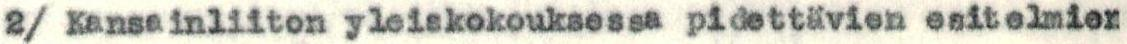
2/ Kansainliiton yleiskokouksessa pidettävien esitelmien